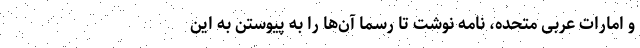
و امارات عربی متحده، نامه نوشت تا رسما آن‌ها را به پیوستن به این